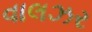
વાલઝર